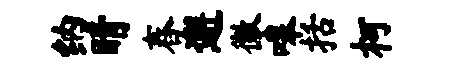
纳睛舂邂徽嗥括柯